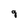
Character: g